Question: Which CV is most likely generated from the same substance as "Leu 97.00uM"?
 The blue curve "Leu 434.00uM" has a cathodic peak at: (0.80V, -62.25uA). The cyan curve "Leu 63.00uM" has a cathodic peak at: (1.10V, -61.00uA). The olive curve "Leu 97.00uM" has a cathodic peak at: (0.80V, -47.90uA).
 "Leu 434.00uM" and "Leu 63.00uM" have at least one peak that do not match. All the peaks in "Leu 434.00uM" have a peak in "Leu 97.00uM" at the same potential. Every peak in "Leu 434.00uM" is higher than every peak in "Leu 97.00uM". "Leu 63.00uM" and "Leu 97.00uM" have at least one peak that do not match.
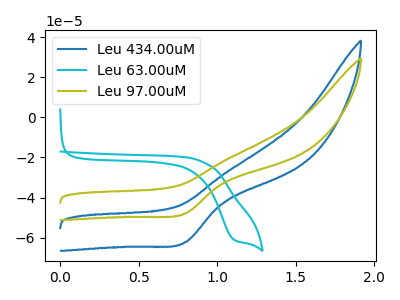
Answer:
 <answer>The CV with the most similar shape to "Leu 434.00uM" is "Leu 97.00uM".</answer>
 <eval>"Leu 97.00uM"</eval>